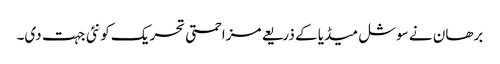
برھان نے سوشل میڈیا کے ذریعے مزاحمتی تحریک کو نئی جہت دی۔